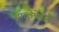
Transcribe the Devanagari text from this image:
शारलेमेनाने